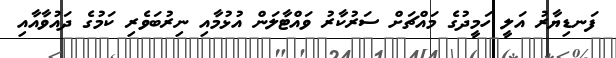
ފަނޑިޔާރު އަލީ ހަމީދުގެ މައްޗަށް ސަރުކާރު ވައްޓާލަން އުޅުމާއި ނިރުބަވެރި ކަމުގެ ދައުވާއާއި